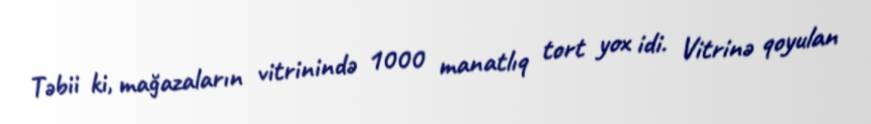
Təbii ki, mağazaların vitrinində 1000 manatlıq tort yox idi. Vitrinə qoyulan